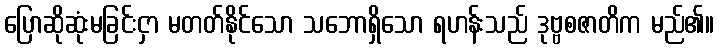
ပြောဆိုဆုံးမခြင်းငှာ မတတ်နိုင်သော သဘောရှိသော ရဟန်းသည် ဒုဗ္ဗစဇာတိက မည်၏။